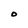
Character: O